画像に写った文字を読んでください
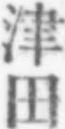
「津田」と書いてあります